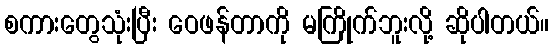
စကားတွေသုံးပြီး ဝေဖန်တာကို မကြိုက်ဘူးလို့ ဆိုပါတယ်။